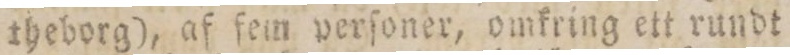
theborg), af fem perſoner, omkring ett rundt